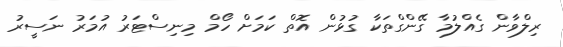
ރިލްވާން ގެއްލުމާ ގޭންގްތަކާ ގުޅުން އޮތް ކަމަށް ހޯމް މިނިސްޓަރު އުމަރު ނަސީރު